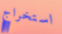
استخراج